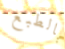
بالطبع